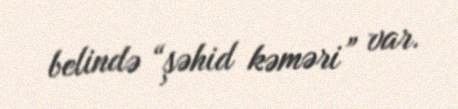
belində “şəhid kəməri” var.